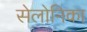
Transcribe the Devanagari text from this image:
सेलोनिका